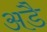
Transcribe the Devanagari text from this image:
अडै